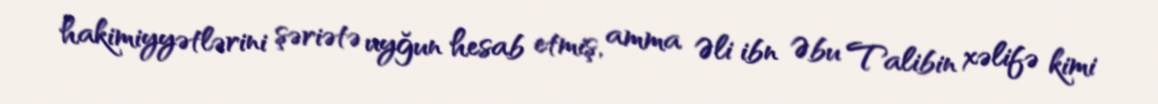
hakimiyyətlərini şəriətə uyğun hesab etmiş, amma Əli ibn Əbu Talibin xəlifə kimi